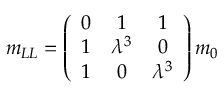
m _ { L L } = \left( \begin{array} { c c c } { { 0 } } & { { 1 } } & { { 1 } } \\ { { 1 } } & { { \lambda ^ { 3 } } } & { { 0 } } \\ { { 1 } } & { { 0 } } & { { \lambda ^ { 3 } } } \end{array} \right) m _ { 0 }